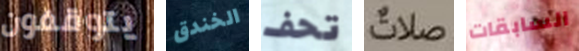
يتوقفون الخندق تحف صلات السابقات